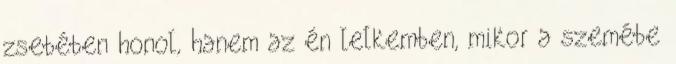
zsebében honol, hanem az én lelkemben, mikor a szemébe